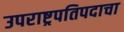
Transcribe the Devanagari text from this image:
उपराष्ट्रपतिपदाचा